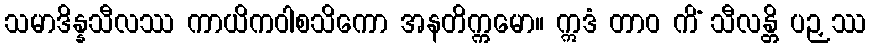
သမာဒိန္နသီလဿ ကာယိကဝါစသိကော အနတိက္ကမော။ ဣဒံ တာဝ ကိံ သီလန္တိ ပဉှဿ